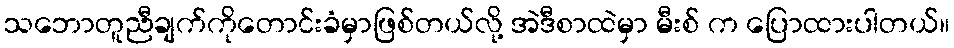
သဘောတူညီချက်ကိုတောင်းခံမှာဖြစ်တယ်လို့ အဲဒီစာထဲမှာ မီးစ် က ပြောထားပါတယ်။